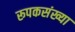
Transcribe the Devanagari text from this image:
रूपकसंख्या